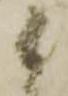
候